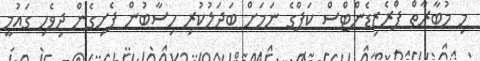
މި މުބާރާތް ޕްރެޒިޑެންޓްސް ކަޕްގެ ނަމަށް ބަދަލުކުރި ހިސާބުން ފެށިގެން ދިވެހި ގައުމީ